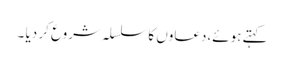
کہتے ہوئے،دعاوں کا سلسلہ شروع کر دیا ۔